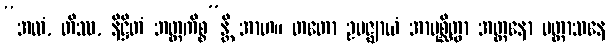
“အလံ, တိဿ, နိဋ္ဌိတံ ဘတ္တကိစ္စ”န္တိ အာဟ။ တတော ဥပဇ္ဈာယံ အာပုစ္ဆိတွာ အတ္တနော ပတ္တာသနေ